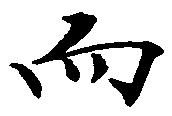
而